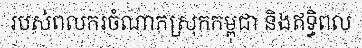
របស់ពលករចំណាកស្រុកកម្ពុជា និងឥទ្ធិពល